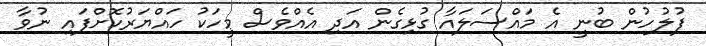
ފުލުހުން ބުނީ އެ މައްސަލައާ ގުޅިގެން އަދި އެއްވެސް މީހަކު ހައްޔަރުކޮށްފައި ނުވާ